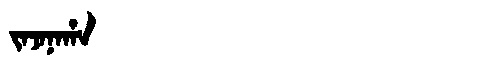
Manchu: ᠵᠠᠵᠠᠨᠠᡥᠠ
Romanization: JAJANAHA